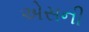
એસની